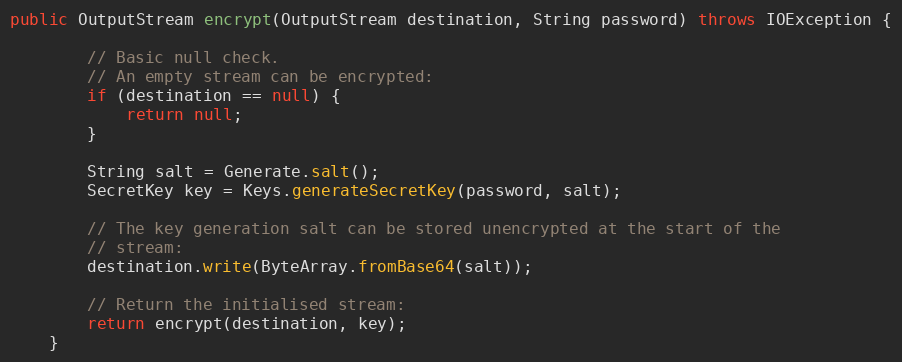
Language: Java
public OutputStream encrypt(OutputStream destination, String password) throws IOException {

        // Basic null check.
        // An empty stream can be encrypted:
        if (destination == null) {
            return null;
        }

        String salt = Generate.salt();
        SecretKey key = Keys.generateSecretKey(password, salt);

        // The key generation salt can be stored unencrypted at the start of the
        // stream:
        destination.write(ByteArray.fromBase64(salt));

        // Return the initialised stream:
        return encrypt(destination, key);
    }